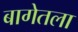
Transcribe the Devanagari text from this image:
बागेतला